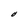
Character: O